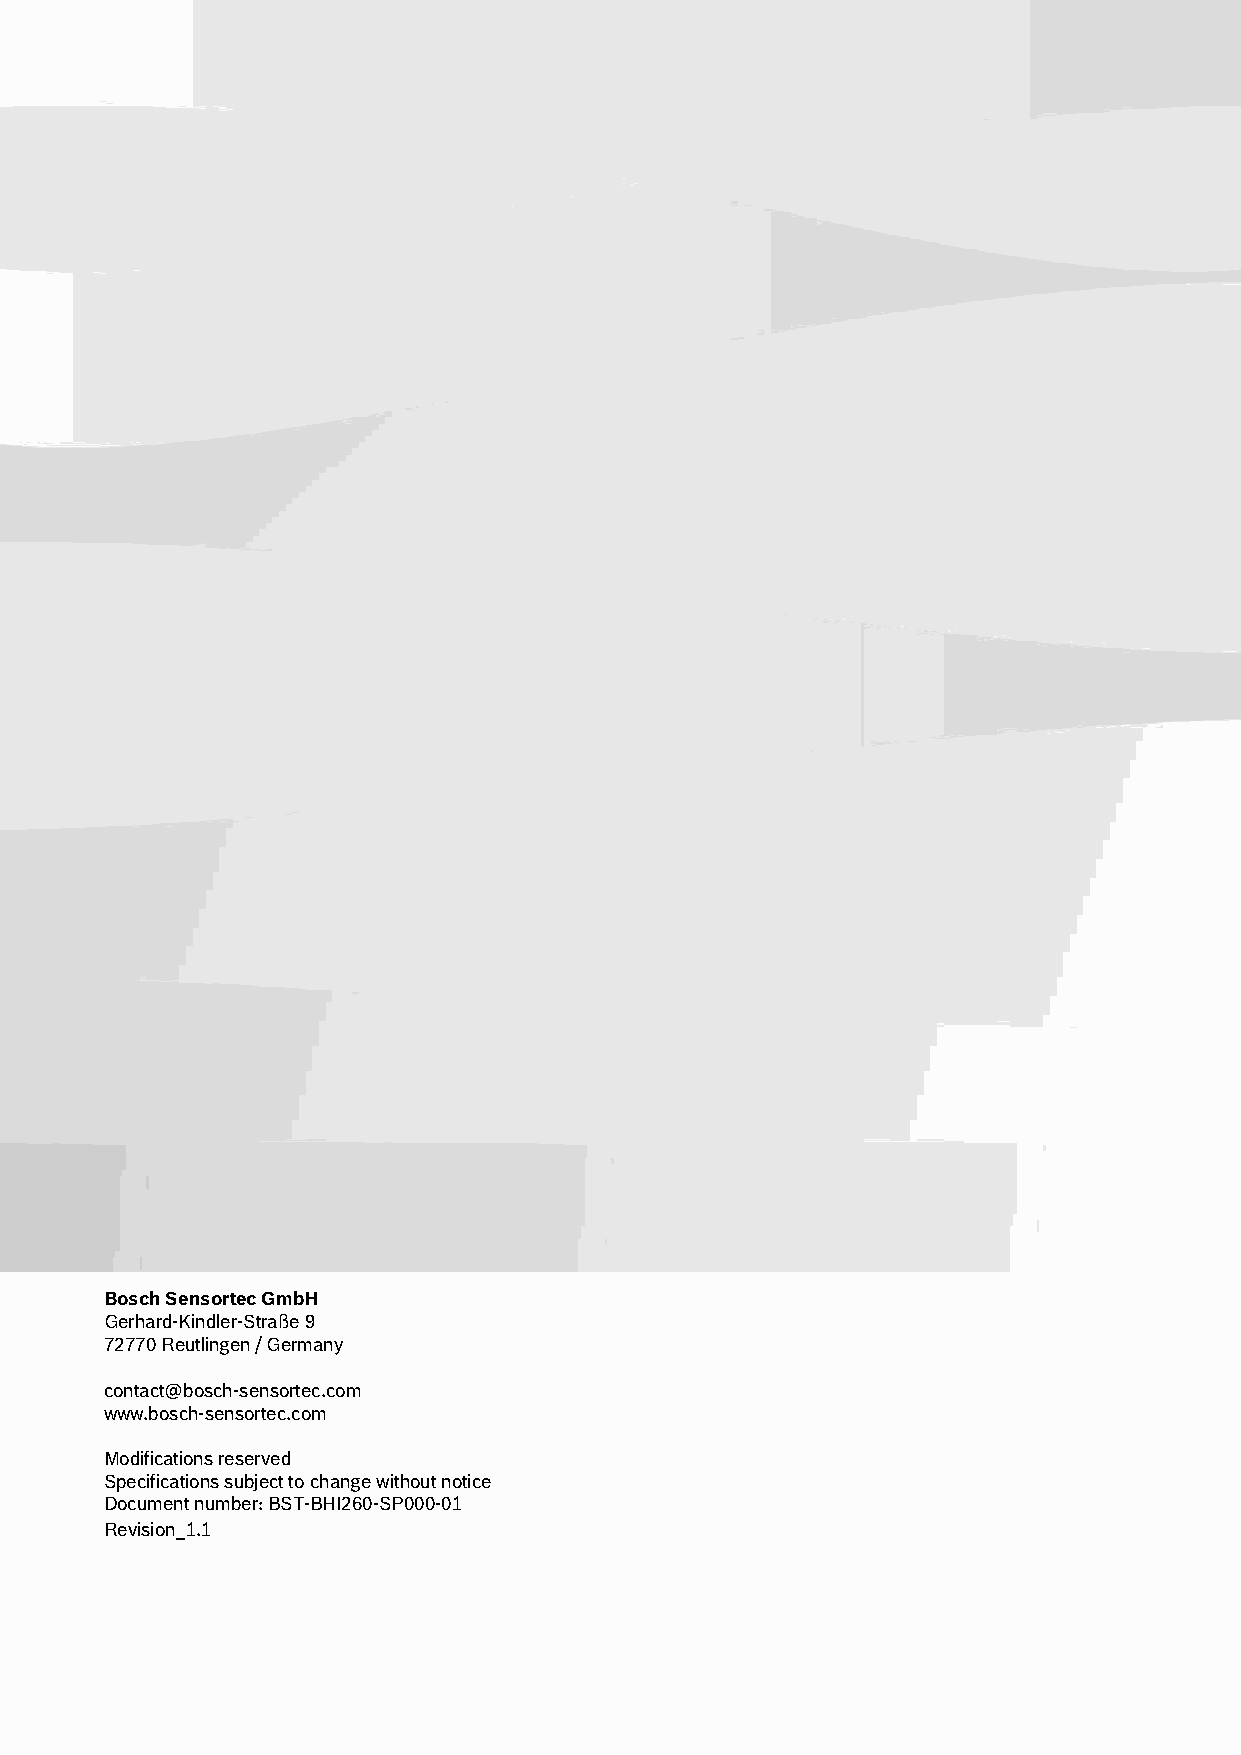
Bosch Sensortec | BHI260AB / BHI260AP Shipment packaging details 9 | 9
 Bosch Sensortec GmbH
 Gerhard-Kindler-Straße 9
 72770 Reutlingen / Germany
 contact@bosch-sensortec.com
 www.bosch-sensortec.com
 Modifications reserved
 Specifications subject to change without notice
 Document number: BST-BHI260-SP000-01
 Revision_1.1
 Modifications reserved | Data subject to change without notice Document number: BST-BHI260-SP000-01